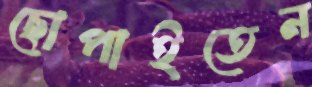
ছোপাইতেন